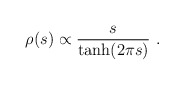
\begin{align*}\rho (s) \propto \frac{s}{ \tanh (2 \pi s)} ~.\end{align*}